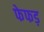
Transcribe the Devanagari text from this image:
फेफड़